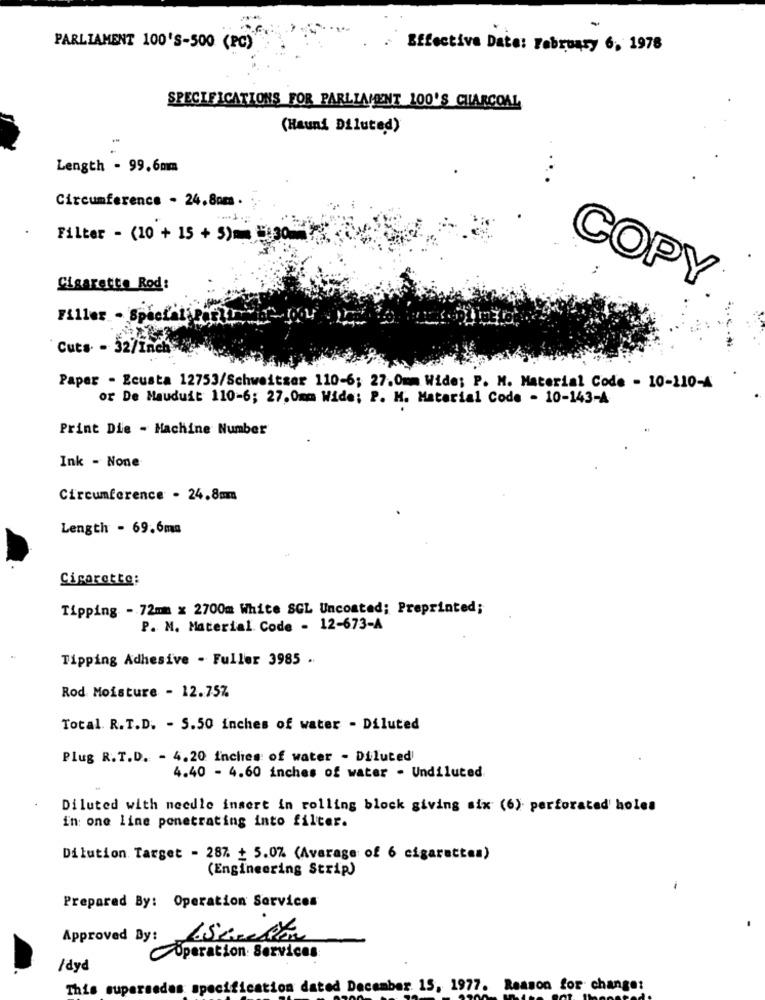
PARLIAMENT 100'S-500 (PC)
Effective Date: February 6, 1978
SPECIFICATIONS FOR PARLIAMENT 100'S CHARCOAL
(Hauni Diluted)
Length - 99.6mm
Circumference - 24.80m .
Filter - (10 + 15 + 5)= 5:30
Cigarette Rod:
COPY
Filles
Cuts. - 32/1
Paper - Ecusta 12753/Schweitzer 110-6; 27.0mm Wide; P. M. Material Code - 10-110-4
or De Mauduit 110-6; 27,0mm Wide; P. H. Material Code - 10-143-A
Print Die - Machine Number
Ink - None
Circumference - 24.8mm
Length - 69.6mm
Cigarette:
Tipping -72mm x 2700m White SGL Uncoated; Preprinted;
P. M. Material Code - 12-673-A
Tipping Adhesive - Fuller 3985 ..
Rod Moisture - 12.757
Total. R.T.D. - 5.50 inches of water - Diluted
Plug R.T.D. - 4.20 Inchies of water - Diluted
4.40 - 4.60 inches of water . Undiluted
Diluted with needle insert in rolling block giving six (6) perforated' holes
in one line penetrating into filter.
Dilution Target - 287. + 5.0% (Average of 6 cigarettes)
(Engineering Strip)
-
Prepared By: Operation Services
Approved By: LScelta
Operation Services
/dyd
This supersedas specification dated December 15, 1977. Reason for change: